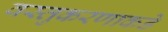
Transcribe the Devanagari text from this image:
वस्तुकरणाकडे